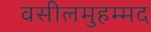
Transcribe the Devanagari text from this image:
वसीलमुहम्मद